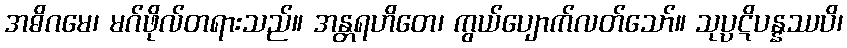
အဓိဂမေ၊ မဂ်ဖိုလ်တရားသည်။ အန္တရဟိတေ၊ ကွယ်ပျောက်လတ်သော်။ သုပ္ပဋိပန္နဿပိ၊